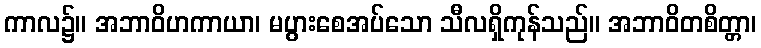
ကာလ၌။ အဘာဝိဟကာယာ၊ မပွားစေအပ်သော သီလရှိကုန်သည်။ အဘာဝိတစိတ္တာ၊